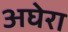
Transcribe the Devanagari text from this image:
अघेरा